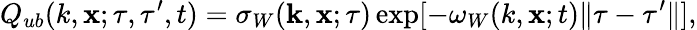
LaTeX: Q_{ub}(k,{\mathbf{x}};\tau,\tau^{\prime},t)=\sigma_{W}({\mathbf{k}},{\mathbf{x}};\tau)\exp[{-\omega_{W}}(k,{\mathbf{x}};t)\| \tau-\tau^{\prime}\| ],